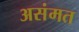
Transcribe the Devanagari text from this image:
असंमत